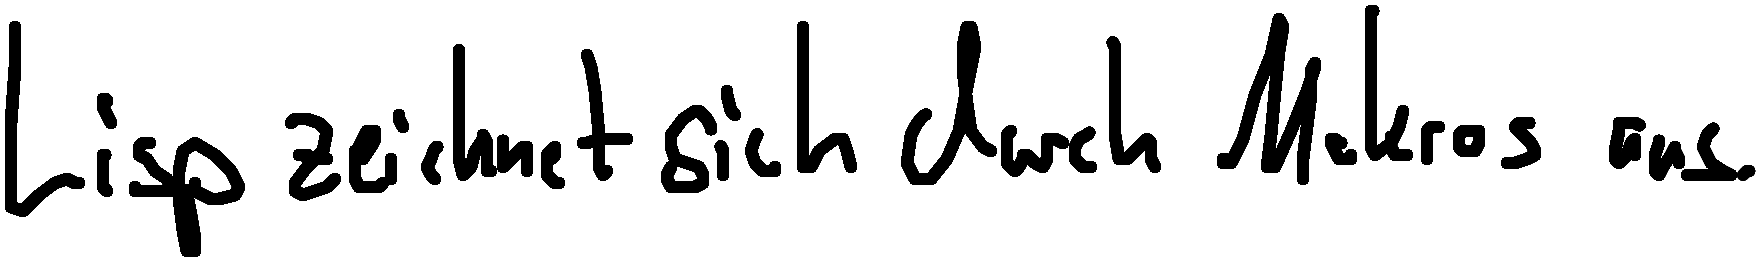
Lisp zeichnet sich durch Makros aus.